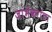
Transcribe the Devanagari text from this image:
जांभेकरांचा